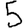
Digit: 5